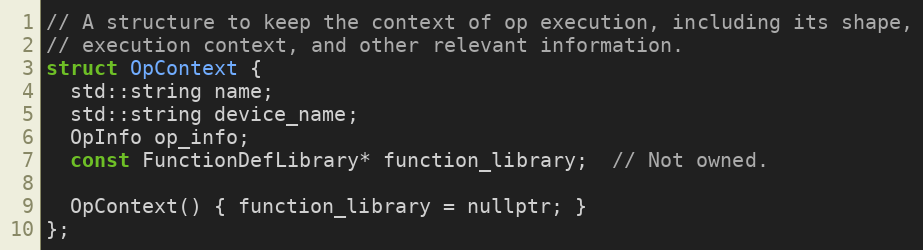
Language: C
// A structure to keep the context of op execution, including its shape,
// execution context, and other relevant information.
struct OpContext {
  std::string name;
  std::string device_name;
  OpInfo op_info;
  const FunctionDefLibrary* function_library;  // Not owned.

  OpContext() { function_library = nullptr; }
};